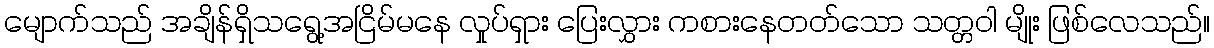
မျောက်သည် အချိန်ရှိသရွေ့အငြိမ်မနေ လှုပ်ရှား ပြေးလွှား ကစားနေတတ်သော သတ္တဝါ မျိုး ဖြစ်လေသည်။